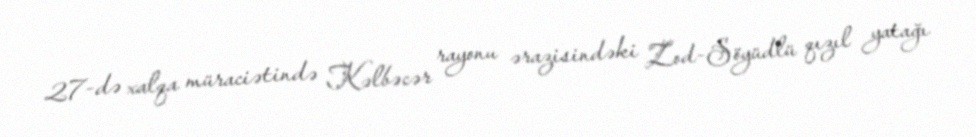
27-də xalqa müraciətində Kəlbəcər rayonu ərazisindəki Zod-Söyüdlü qızıl yatağı